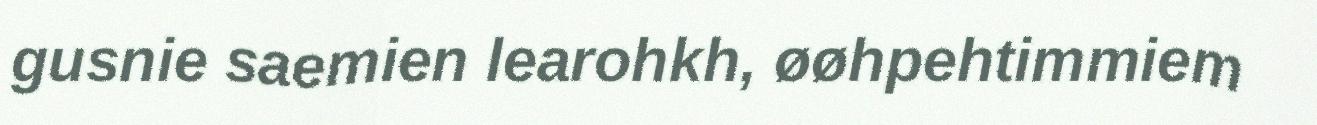
gusnie saemien learohkh, øøhpehtimmiem